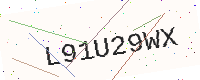
Text: L91U29WX